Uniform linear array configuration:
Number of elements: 24
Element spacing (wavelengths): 0.5
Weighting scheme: hamming
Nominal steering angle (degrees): -45
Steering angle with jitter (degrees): -46.692
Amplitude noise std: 0.05
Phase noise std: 0.05

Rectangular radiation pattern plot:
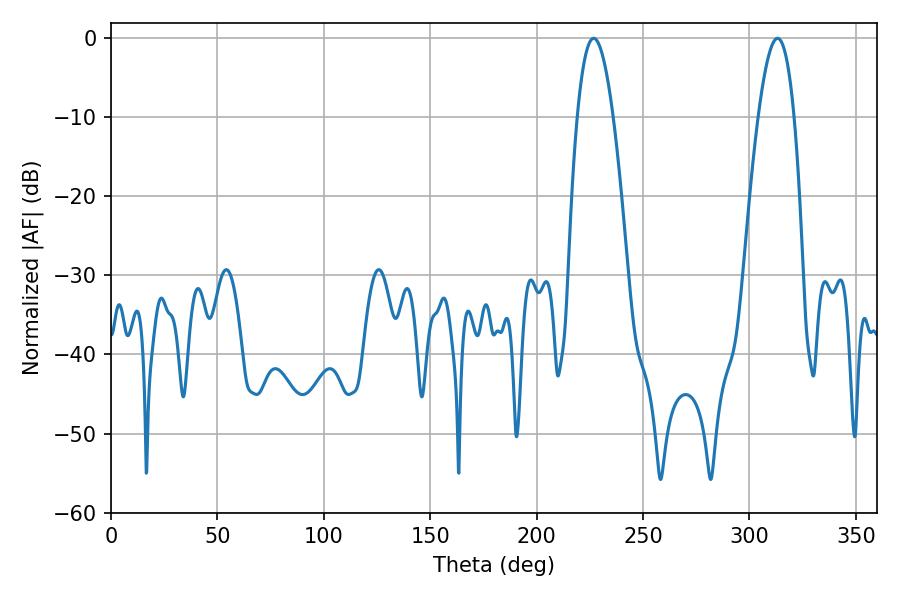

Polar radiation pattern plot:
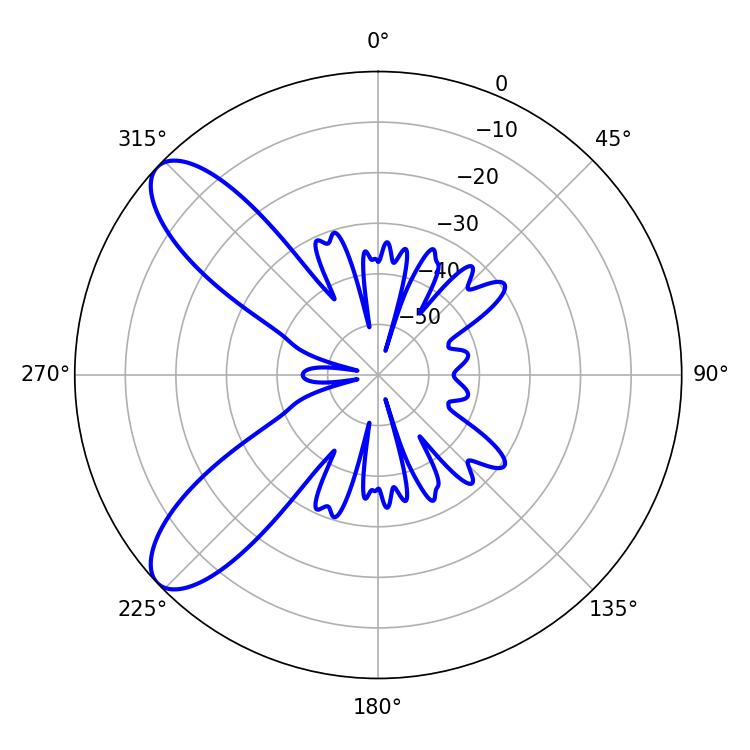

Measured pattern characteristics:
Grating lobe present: FALSE
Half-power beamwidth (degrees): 9.18
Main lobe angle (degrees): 226.8